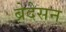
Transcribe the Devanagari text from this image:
ब्रेदेसन